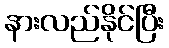
နားလည်နိုင်ပြီး